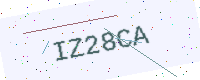
Text: IZ28CA